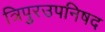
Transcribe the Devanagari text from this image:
त्रिपुरउपनिषद